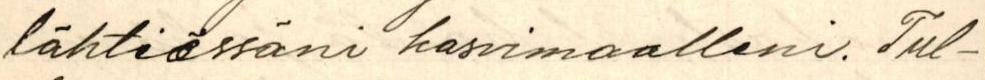
lähtiessäni kasvimaalleni. Tul-